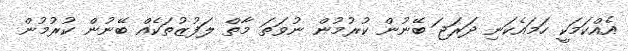
އެއްކަމަކީ ހަމައެކަނި ދަރަޖަ ބޭނުން ކުރުމުން ނުވަތަ މާތް ލަފުޒުތަކެއް ބޭނުން ކުރުމުން